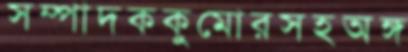
সম্পাদককুমোরসহঅঙ্গ